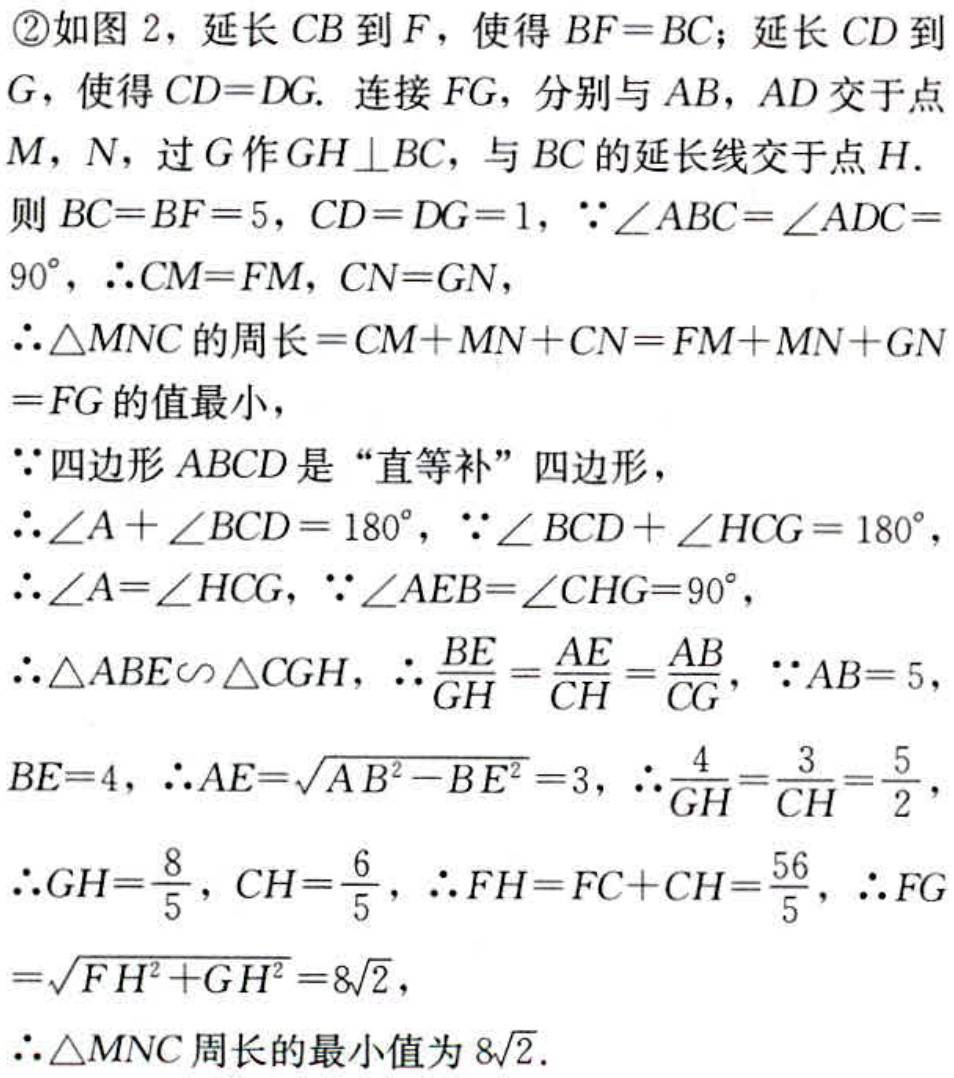
\textcircled{2}如图 2，延长 \(CB\) 到 \(F\)，使得 \(BF = BC\)；延长 \(CD\) 到 \(G\)，使得 \(CD = DG\). 连接 \(FG\)，分别与 \(AB\)，\(AD\) 交于点 \(M\)，\(N\)，过 \(G\) 作 \(GH\perp BC\)，与 \(BC\) 的延长线交于点 \(H\).
则 \(BC = BF = 5\)，\(CD = DG = 1\)，\(\because\angle ABC=\angle ADC = 90^{\circ}\)，\(\therefore CM = FM\)，\(CN = GN\)，
\(\therefore\triangle MNC\) 的周长 \(=CM + MN+CN=FM + MN + GN=FG\) 的值最小，
\(\because\) 四边形 \(ABCD\) 是 “直等补” 四边形，
\(\therefore\angle A+\angle BCD = 180^{\circ}\)，\(\because\angle BCD+\angle HCG = 180^{\circ}\)，
\(\therefore\angle A=\angle HCG\)，\(\because\angle AEB=\angle CHG = 90^{\circ}\)，
\(\therefore\triangle ABE\sim\triangle CGH\)，\(\therefore\frac{BE}{GH}=\frac{AE}{CH}=\frac{AB}{CG}\)，\(\because AB = 5\)，\(BE = 4\)，\(\therefore AE=\sqrt{AB^{2}-BE^{2}} = 3\)，\(\therefore\frac{4}{GH}=\frac{3}{CH}=\frac{5}{2}\)，
\(\therefore GH=\frac{8}{5}\)，\(CH=\frac{6}{5}\)，\(\therefore FH = FC + CH=\frac{56}{5}\)，\(\therefore FG=\sqrt{FH^{2}+GH^{2}} = 8\sqrt{2}\)，
\(\therefore\triangle MNC\) 周长的最小值为 \(8\sqrt{2}\).